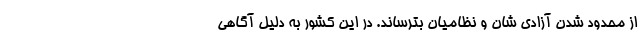
از محدود شدن آزادی شان و نظامیان بترساند. در این کشور به دلیل آگاهی